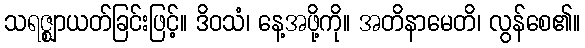
သရဇ္ဈာယတ်ခြင်းဖြင့်။ ဒိဝသံ၊ နေ့အဖို့ကို။ အတိနာမေတိ၊ လွန်စေ၏။